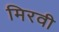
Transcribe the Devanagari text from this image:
मिरवी